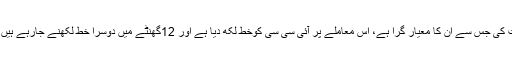
احسان مانی نے کہا کہ بھارتی کرکٹ ٹیم نے بری حرکت کی جس سے ان کا معیار گرا ہے، اس معاملے پر آئی سی سی کوخط لکھ دیا ہے اور 12گھنٹے میں دوسرا خط لکھنے جارہے ہیں، نہیں چاہتے سیاست کیلئے کرکٹ کو استعمال کیا جائے۔